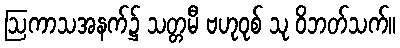
ဩကာသအနက်၌ သတ္တမီ ဗဟုဝုစ် သု ဝိဘတ်သက်။